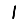
Digit: 1